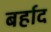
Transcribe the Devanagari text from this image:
बर्हाद